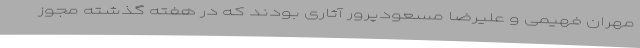
مهران فهیمی و علیرضا مسعودپرور آثاری بودند که در هفته گذشته مجوز